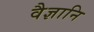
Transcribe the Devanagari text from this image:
वैज्ञानि